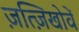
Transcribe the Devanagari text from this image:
ज़त्ज़िखोवें